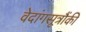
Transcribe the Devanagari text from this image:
वेदांगसूत्रौंकी